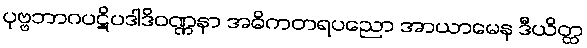
ပုဗ္ဗဘာဂပဋိပဒါဒိဝဏ္ဏနာ အဓိကတရပညော အာယာမေန ဒီယိတ္ထ